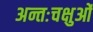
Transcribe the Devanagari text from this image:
अन्तःचक्षुओं